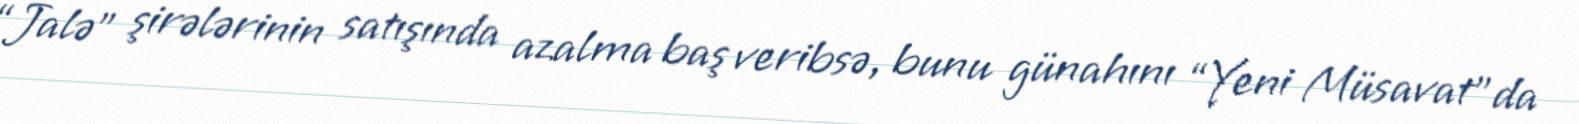
“Jalə” şirələrinin satışında azalma baş veribsə, bunu günahını “Yeni Müsavat”da